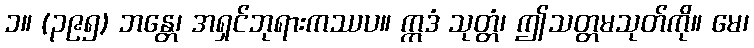
၁။ (၃၉၅) ဘန္တေ၊ အရှင်ဘုရားကဿပ။ ဣဒံ သုတ္တံ၊ ဤသတ္တမသုတ်ကို။ မေ၊